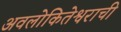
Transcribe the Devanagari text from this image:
अवलोकितेश्वराची